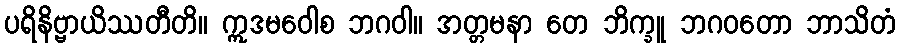
ပရိနိဗ္ဗာယိဿတီတိ။ ဣဒမဝေါစ ဘဂဝါ။ အတ္တမနာ တေ ဘိက္ခူ ဘဂဝတော ဘာသိတံ